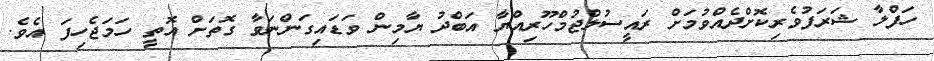
ހަފްލާ ޝަރަފުވެރިކޮށްދެއްވުމަށް ރައީސުލްޖުމްހޫރިއްޔާ އަބްދު ޔާމިން ވަޑައިގަންނަވާ ގޮތަށް އޮތީ ހަމަޖެހިފަ އެވެ.